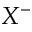
X ^ { - }